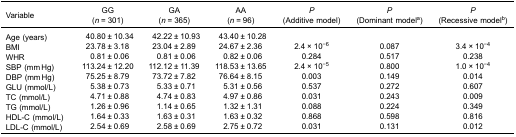
<table><thead><tr><td><b>Variable</b></td><td><b>GG(<i>n</i> = 301)</b></td><td><b>GA(<i>n</i> = 365)</b></td><td><b>AA(<i>n</i> = 96)</b></td><td><b><i>P</i>(Additive model)</b></td><td><b><i>P</i>(Dominant model<sup>a</sup>)</b></td><td><b><i>P</i>(Recessive model<sup>b</sup>)</b></td></tr></thead><tbody><tr><td>Age (years)</td><td>40.80 ± 10.34</td><td>42.22 ± 10.93</td><td>43.40 ± 10.28</td><td> </td><td> </td><td> </td></tr><tr><td>BMI</td><td>23.78 ± 3.18</td><td>23.04 ± 2.89</td><td>24.67 ± 2.36</td><td>2.4 × 10<sup>−6</sup></td><td>0.087</td><td>3.4 × 10<sup>−4</sup></td></tr><tr><td>WHR</td><td>0.81 ± 0.06</td><td>0.81 ± 0.06</td><td>0.82 ± 0.06</td><td>0.284</td><td>0.517</td><td>0.238</td></tr><tr><td>SBP (mm Hg)</td><td>113.24 ± 12.20</td><td>112.12 ± 11.39</td><td>118.53 ± 13.65</td><td>2.4 × 10<sup>−5</sup></td><td>0.800</td><td>1.0 × 10<sup>−4</sup></td></tr><tr><td>DBP (mm Hg)</td><td>75.25 ± 8.79</td><td>73.72 ± 7.82</td><td>76.64 ± 8.15</td><td>0.003</td><td>0.149</td><td>0.014</td></tr><tr><td>GLU (mmol/L)</td><td>5.38 ± 0.73</td><td>5.33 ± 0.71</td><td>5.31 ± 0.56</td><td>0.537</td><td>0.272</td><td>0.607</td></tr><tr><td>TC (mmol/L)</td><td>4.71 ± 0.88</td><td>4.74 ± 0.83</td><td>4.97 ± 0.86</td><td>0.031</td><td>0.243</td><td>0.009</td></tr><tr><td>TG (mmol/L)</td><td>1.26 ± 0.96</td><td>1.14 ± 0.65</td><td>1.32 ± 1.31</td><td>0.088</td><td>0.224</td><td>0.349</td></tr><tr><td>HDL-C (mmol/L)</td><td>1.64 ± 0.33</td><td>1.63 ± 0.31</td><td>1.63 ± 0.32</td><td>0.868</td><td>0.598</td><td>0.816</td></tr><tr><td>LDL-C (mmol/L)</td><td>2.54 ± 0.69</td><td>2.58 ± 0.69</td><td>2.75 ± 0.72</td><td>0.031</td><td>0.131</td><td>0.012</td></tr></tbody></table>